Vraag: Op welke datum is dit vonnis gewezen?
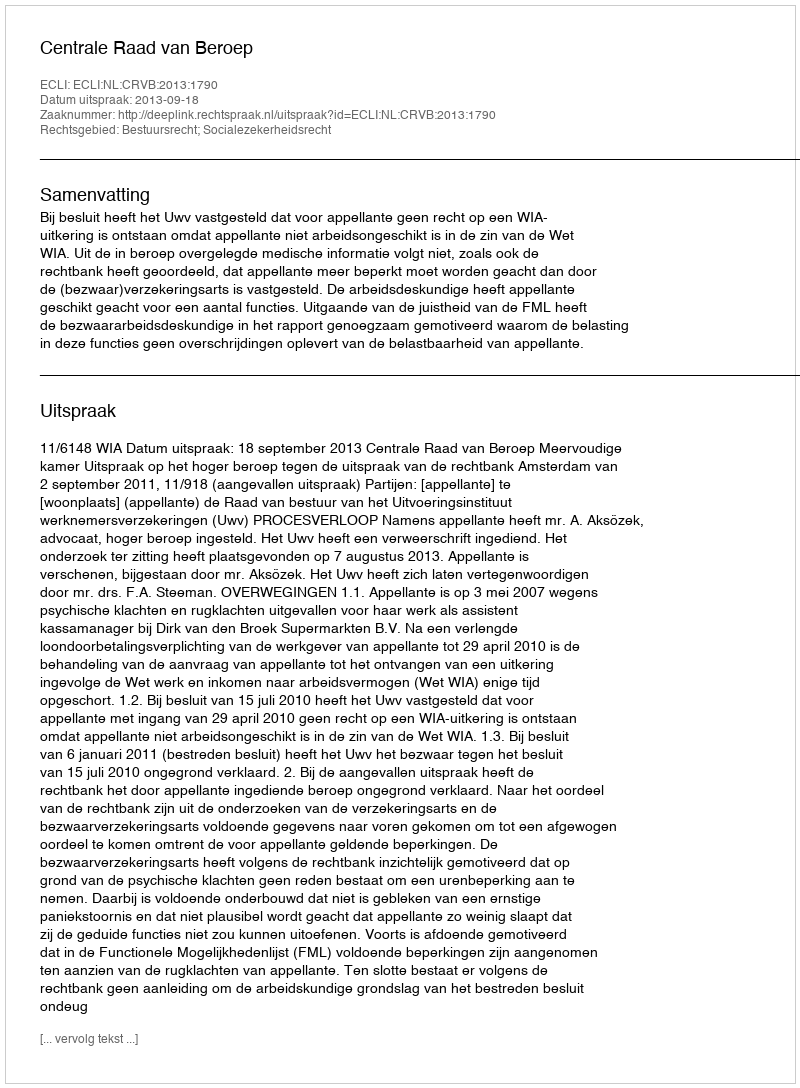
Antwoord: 2013-09-18